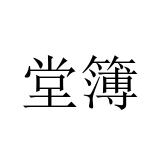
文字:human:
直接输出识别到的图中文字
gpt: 堂簿